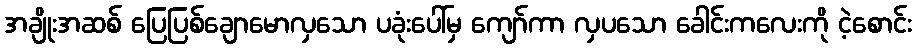
အချိုးအဆစ် ပြေပြစ်ချောမောလှသော ပခုံးပေါ်မှ ကျော်ကာ လှပသော ခေါင်းကလေးကို ငဲ့စောင်း